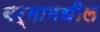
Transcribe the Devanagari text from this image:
बर्मामधील